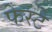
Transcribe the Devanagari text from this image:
फेस्टे